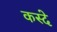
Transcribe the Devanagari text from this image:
कस्दे